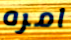
امره